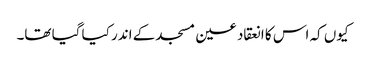
کیوں کہ اس کا انعقاد عین مسجد کے اندر کیا گیا تھا۔